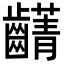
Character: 𮯖